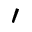
^ \prime